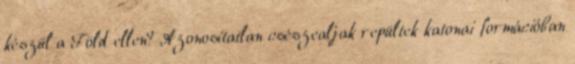
készül a Föld ellen? Azonosítatlan csészealjak repültek katonai formációban